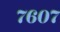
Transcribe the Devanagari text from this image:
७६०७